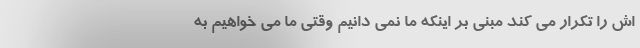
اش را تکرار می کند مبنی بر اینکه ما نمی دانیم وقتی ما می خواهیم به